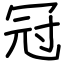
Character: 冠